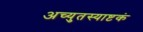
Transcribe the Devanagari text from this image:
अच्युतस्याष्टकं